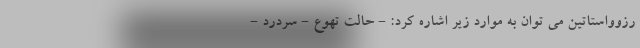
رزوواستاتین می توان به موارد زیر اشاره کرد: - حالت تهوع - سردرد -